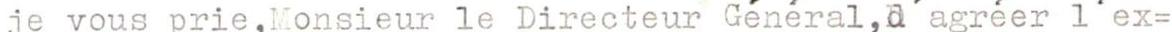
je vous prie,Monsieur le Directeur Général,d'agréer l'ex=